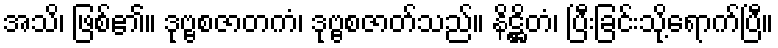
အသိ၊ ဖြစ်၏။ ဒုဗ္ဗစဇာတကံ၊ ဒုဗ္ဗစဇာတ်သည်။ နိဋ္ဌိတံ၊ ပြီးခြင်းသို့ရောက်ပြီ။